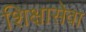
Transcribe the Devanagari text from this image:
शिक्षासेवा